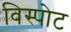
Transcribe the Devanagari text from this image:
विस्पोट